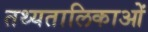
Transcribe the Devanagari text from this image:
तथ्यतालिकाओं